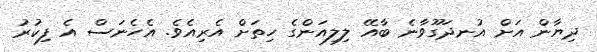
ދިޔާން އަށް އުނދަގޫވާނެ ބާއޭ ލިލިއަންގެ ހިތަށް އެރިއެވެ. އެހެނަސް އެ ފިކުރު